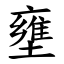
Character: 壅